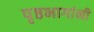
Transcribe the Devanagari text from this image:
पृष्ठभागांनी